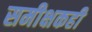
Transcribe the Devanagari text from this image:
समीक्षकही